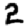
Digit: 2